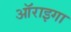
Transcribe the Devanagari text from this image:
ऑराइगा